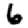
Digit: 6